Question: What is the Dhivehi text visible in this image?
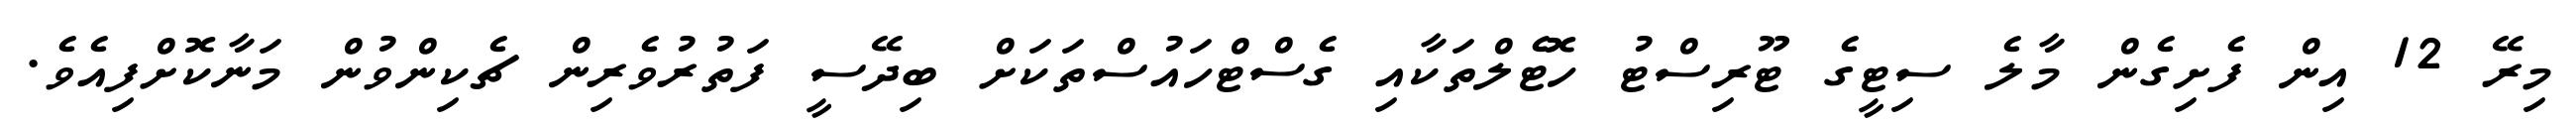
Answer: މިރޭ 12 އިން ފެށިގެން މާލެ ސިޓީގެ ޓޫރިސްޓު ހޮޓެލްތަކާއި ގެސްޓްހައުސްތަކަށް ބިދޭސީ ފަތުރުވެރިން ޗެކިންވުން މަނާކޮށްފިއެވެ.